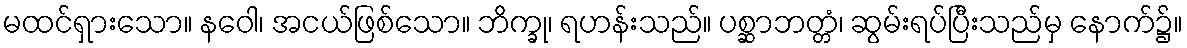
မထင်ရှားသော။ နဝေါ၊ အငယ်ဖြစ်သော။ ဘိက္ခု၊ ရဟန်းသည်။ ပစ္ဆာဘတ္တံ၊ ဆွမ်းရပ်ပြီးသည်မှ နောက်၌။